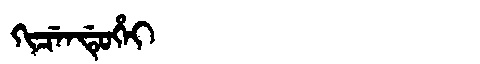
Manchu: ᡴᡳᠴᡝᠨᡩᡠᡥᡝᡳ
Romanization: KICENDUHEI